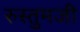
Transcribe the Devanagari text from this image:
रुस्तुमजी